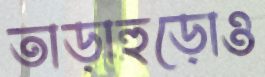
তাড়াহুড়োও